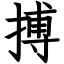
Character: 搏